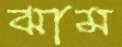
ঝাম